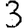
Digit: 3